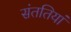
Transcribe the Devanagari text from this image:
संततियां